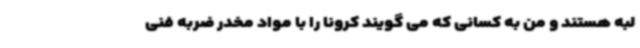
لبه هستند و من به کسانی که می گویند کرونا را با مواد مخدر ضربه فنی